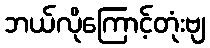
ဘယ်လိုကြောင့်တုံးဗျ